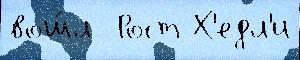
вош́л  Рост Х'едл'и